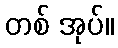
တစ် အုပ်။